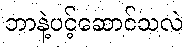
ဘာနဲ့ပင့်ဆောင်သလဲ